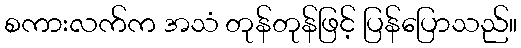
စကားလက်က အသံ တုန်တုန်ဖြင့် ပြန်ပြောသည်။